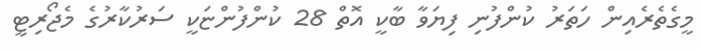
މީގެތެރެއިން ހަތަރު ކުންފުނި ފިޔަވާ ބާކީ އޮތް 28 ކުންފުންޏަކީ ސަރުކާރުގެ މެޖޯރިޓީ